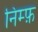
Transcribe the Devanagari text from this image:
निम्फ़